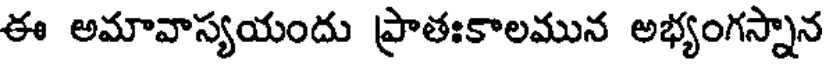
ఈ అమావాస్యయందు ప్రాతఃకాలమున అభ్యంగస్నాన